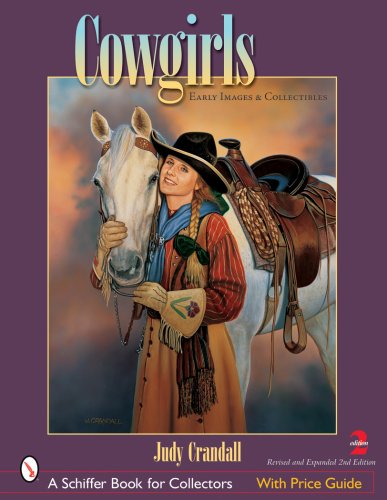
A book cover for Cowgirls: Early Images And Collectibles (Schiffer Book for Collectors); Judy Crandall; Sports & Outdoors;